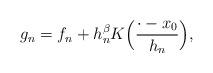
LaTeX: \begin{align*}g_n = f_n+ h_n^\beta K\Big( \frac{\cdot - x_0}{h_n} \Big),\end{align*}